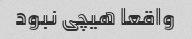
واقعا هیچی نبود